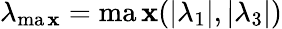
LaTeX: \lambda_{\operatorname*{ma\mathbf{x}}}=\operatorname*{ma\mathbf{x}}(|\lambda_{1}|,|\lambda_{3}|)